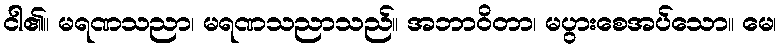
ငါ၏။ မရဏသညာ၊ မရဏသညာသည်။ အဘာဝိတာ၊ မပွားစေအပ်သော။ မေ၊